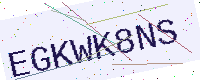
Text: EGKWK8NS